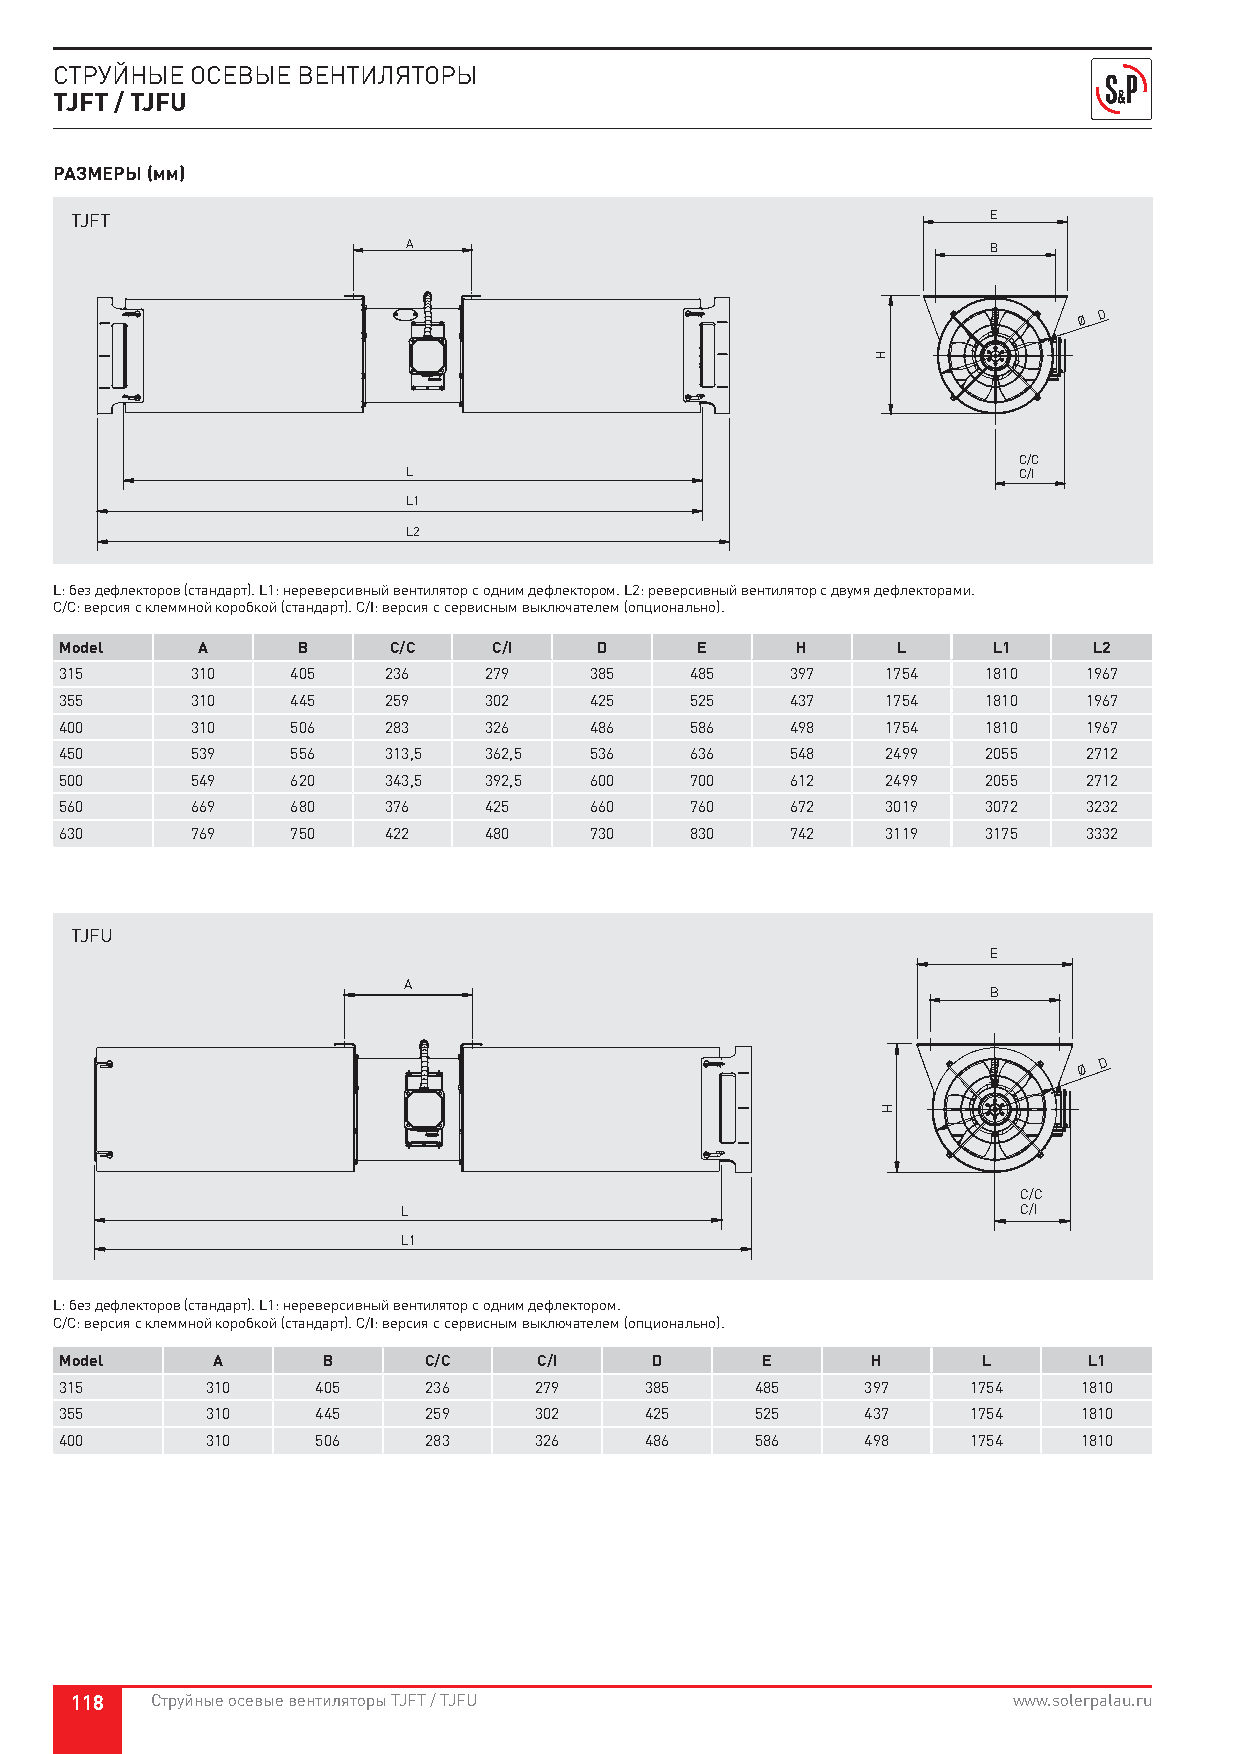
СТРУЙНЫЕ ОСЕВЫЕ ВЕНТИЛЯТОРЫ
 TJFT / TJFU
 РАЗМЕРЫ (мм)
 TJFT                                                         E
 A                                      B
 Ø
 D
 C/C
 L                                       C/I
 L1
 L2
 L: без дефлекторов (стандарт). L1: нереверсивный вентилятор с одним дефлектором. L2: реверсивный вентилятор с двумя дефлекторами.
 C/C: версия с клеммной коробкой (стандарт). C/I: версия с сервисным выключателем (опционально).
 Model    A      B     C/C    C/I   D      E      H     L      L1    L2
 315      310   405   236    279    385    485   397    1754  1810   1967
 355      310   445   259    302    425    525   437    1754  1810   1967
 400      310   506   283    326    486    586   498    1754  1810   1967
 450      539   556   313,5  362,5  536    636   548    2499  2055   2712
 500      549   620   343,5  392,5  600    700   612    2499  2055   2712
 560      669   680   376    425    660    760   672    3019  3072   3232
 630      769   750   422    480    730    830   742    3119  3175   3332
 TJFU
 E
 A
 B
 Ø
 D
 C/C
 L                                        C/I
 L1
 L: без дефлекторов (стандарт). L1: нереверсивный вентилятор с одним дефлектором.
 C/C: версия с клеммной коробкой (стандарт). C/I: версия с сервисным выключателем (опционально).
 Model     A      B      C/C     C/I    D      E       H      L      L1
 315       310    405    236    279     385    485    397    1754   1810
 355       310    445    259    302     425    525    437    1754   1810
 400       310    506    283    326     486    586    498    1754   1810
 118  Струйные осевые вентиляторы TJFT / TJFU                  www.solerpalau.ru
 H
 H